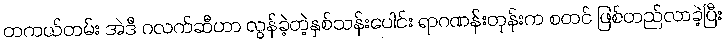
တကယ်တမ်း အဲဒီ ဂလက်ဆီဟာ လွန်ခဲ့တဲ့နှစ်သန်းပေါင်း ရာဂဏန်းတုန်းက စတင် ဖြစ်တည်လာခဲ့ပြီး